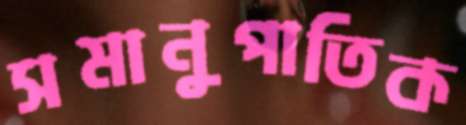
সমানুপাতিক